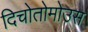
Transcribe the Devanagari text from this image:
दिचोतोमोउस